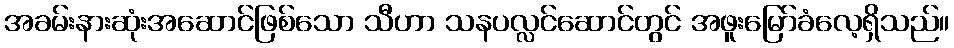
အခမ်းနားဆုံးအဆောင်ဖြစ်သော သီဟာ သနပလ္လင်ဆောင်တွင် အဖူးမြော်ခံလေ့ရှိသည်။